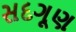
સદગૂણ